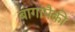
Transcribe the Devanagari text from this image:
बागांपैकी